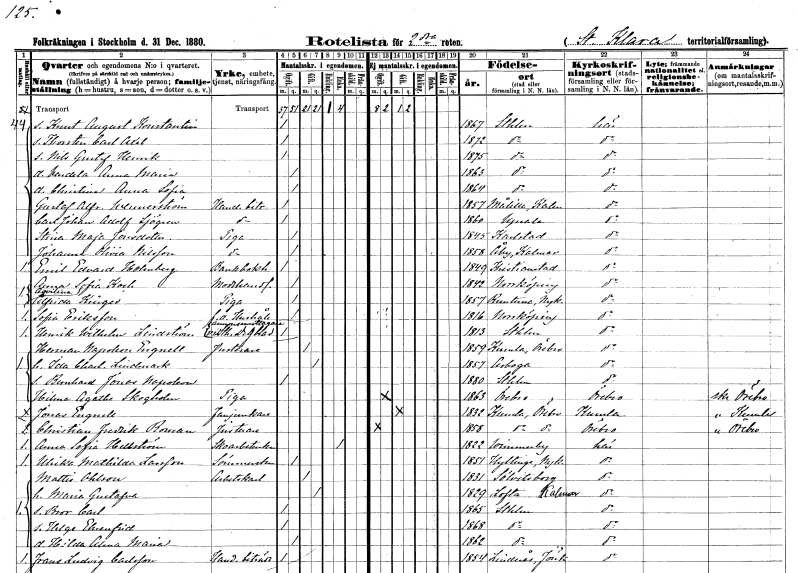
gt_parse: households: individuals: FN: Knut August Konstantin
KON: M
CIV: O
FODAR: 1867
FODFORS: Stockholm
FN: Thorsten Carl Axel
KON: M
CIV: O
FODAR: 1872
FODFORS: Stockholm
FN: Nils Gustaf Henrik
KON: M
CIV: O
FODAR: 1875
FODFORS: Stockholm
FN: Vendela Anna Maria
KON: K
CIV: O
FODAR: 1863
FODFORS: Stockholm
FN: Christina Anna Sofia
KON: K
CIV: O
FODAR: 1864
FODFORS: Stockholm
FN: Gustaf Alfred
EN: Wennerström
YRKE: Handelsbiträde
KON: M
CIV: O
FODAR: 1857
FODFORS: Målilla med Gårdveda Kalmar län
FN: Carl Johan Adolf
EN: Sjögren
YRKE: Handelsbiträde
KON: M
CIV: O
FODAR: 1860
FODFORS: Uppsala Uppsala län
FN: Stina Maja
EN: Jonsdotter
YRKE: Piga
KON: K
CIV: O
FODAR: 1845
FODFORS: Karlstad Värmlands län
FN: Johanna Olivia
EN: Nilsson
YRKE: Piga
KON: K
CIV: O
FODAR: 1858
FODFORS: Åby Kalmar län
FN: Emil Edvard
EN: Holmberg
YRKE: Bankbokhållare
KON: M
CIV: O
FODAR: 1849
FODFORS: Kristianstad Kristianstads län
FN: Anna Sofia
EN: Koch
YRKE: Modehandlerska
KON: K
CIV: O
FODAR: 1842
FODFORS: Norrköping Östergötlands län
FN: Aqvilina Alfrida
EN: Krüger
YRKE: Piga
KON: K
CIV: O
FODAR: 1857
FODFORS: Runtuna Södermanlands län
FN: Sofia
EN: Eriksson
YRKE: Hushållerska f.d.
KON: K
CIV: O
FODAR: 1816
FODFORS: Norrköping Östergötlands län
FN: Henrik Wilhelm
EN: Lindström
YRKE: Annonsmottagare vid Stockholms Dagblad
KON: M
CIV: O
FODAR: 1813
FODFORS: Stockholm
FN: Herman Napoleon
EN: Engnell
YRKE: Justerare
KON: M
CIV: G
FODAR: 1859
FODFORS: Kumla Örebro län
FN: Ida Charlotta
EN: LIndmark
KON: K
CIV: G
FODAR: 1857
FODFORS: Arboga Västmanlands län
FN: Bernhard Jonas Napoleon
KON: M
CIV: O
FODAR: 1880
FODFORS: Stockholm
FN: Hilma Agatha
EN: Skogholm
YRKE: Piga
KON: K
CIV: O
FODAR: 1863
FODFORS: Örebro Örebro län
FN: Jonas
EN: Egnell
YRKE: Fanjunkare
KON: M
CIV: G
FODAR: 1832
FODFORS: Kumla Örebro län
FN: Christian Fredrik
EN: Boman
YRKE: Justerare
KON: M
CIV: O
FODAR: 1858
FODFORS: Kumla Örebro län
FN: Anna Sofia
EN: Hellström
YRKE: Skoarbeterska
KON: K
CIV: E
FODAR: 1822
FODFORS: Vimmerby Kalmar län
FN: Ulrika Mathilda
EN: Larsson
YRKE: Sömmerska
KON: K
CIV: O
FODAR: 1851
FODFORS: Hyltinge Södermanlands län
FN: Mattis
EN: Ohlson
YRKE: Arbetskarl
KON: M
CIV: G
FODAR: 1831
FODFORS: Sölvesborg Blekinge län
FN: Maria Gustafva
KON: K
CIV: G
FODAR: 1829
FODFORS: Lofta Kalmar län
FN: Bror Carl
KON: M
CIV: O
FODAR: 1865
FODFORS: Stockholm
FN: Helge Ehrenfrid
KON: M
CIV: O
FODAR: 1868
FODFORS: Stockholm
FN: Hilda Alma Maria
KON: K
CIV: O
FODAR: 1862
FODFORS: Stockholm
FN: Frans Ludvig
EN: Carlsson
YRKE: Handelsbiträde
KON: M
CIV: O
FODAR: 1854
FODFORS: Linderås Jönköpings län